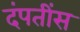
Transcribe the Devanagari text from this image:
दंपतींस